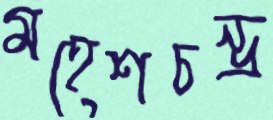
মহেশচন্দ্র